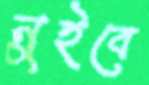
নুইবে